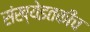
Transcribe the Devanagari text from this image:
संख्येइतकीच